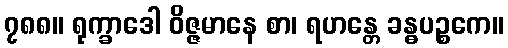
၇၈၈။ ရုက္ခာဒေါ ဝိဇ္ဇမာနေ စာ၊ ရဟန္တေ ခန္ဓပဉ္စကေ။